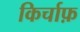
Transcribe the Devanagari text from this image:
किर्चाफ़